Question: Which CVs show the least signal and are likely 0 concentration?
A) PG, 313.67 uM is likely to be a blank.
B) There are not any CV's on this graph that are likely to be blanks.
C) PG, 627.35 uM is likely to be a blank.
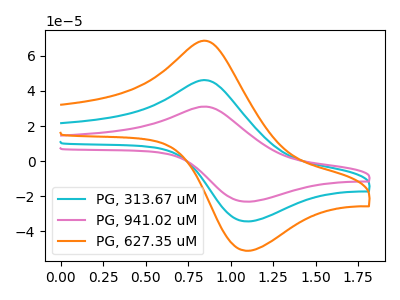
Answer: <think>The cyan curve "PG, 313.67 uM" has an anodic peak at (0.85V, 46.00uA) and a cathodic peak at (1.10V, -34.45uA). The pink curve "PG, 941.02 uM" has an anodic peak at (0.85V, 91.95uA) and a cathodic peak at (1.10V, -68.90uA). The orange curve "PG, 627.35 uM" has an anodic peak at (0.85V, 68.35uA) and a cathodic peak at (1.10V, -51.20uA).</think>
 <answer>B) There are not any CV's on this graph that are likely to be blanks.</answer>
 <eval>B</eval>